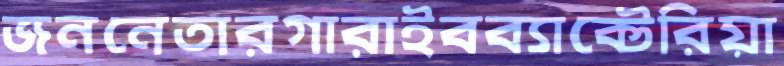
জননেতারগারাইবব্যাক্টেরিয়া